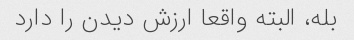
بله، البته واقعا ارزش دیدن را دارد